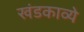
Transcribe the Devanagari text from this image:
खंडकाव्ये